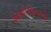
એમવીએનઓ